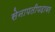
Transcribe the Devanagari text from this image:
सेनापतीपदावर